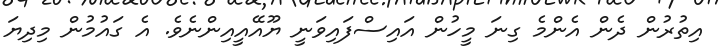
އިތުރުން ދެން އެންމެ ގިނަ މީހުން އައިސްފައިވަނީ ޔޫއޭއީއިންނެވެ. އެ ގައުމުން މިދިޔަ